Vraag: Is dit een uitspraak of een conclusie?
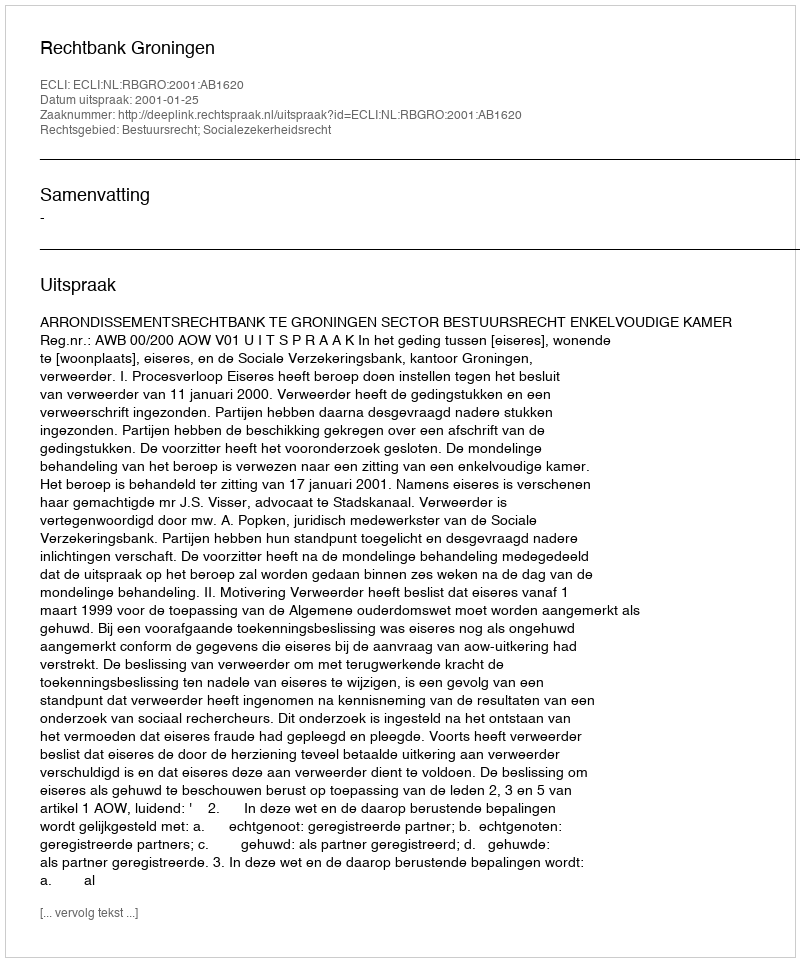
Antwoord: Uitspraak